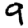
Digit: 9